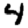
Digit: 4